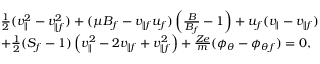
\begin{array} { r l } & { \frac { 1 } { 2 } ( v _ { \parallel } ^ { 2 } - v _ { \parallel f } ^ { 2 } ) + ( \mu B _ { f } - v _ { \parallel f } u _ { f } ) \left( \frac { B } { B _ { f } } - 1 \right) + u _ { f } ( v _ { \parallel } - v _ { \parallel f } ) } \\ & { + \frac { 1 } { 2 } ( S _ { f } - 1 ) \left( v _ { \parallel } ^ { 2 } - 2 v _ { \parallel f } + v _ { \parallel f } ^ { 2 } \right) + \frac { Z e } { m } ( \phi _ { \theta } - \phi _ { \theta f } ) = 0 , } \end{array}